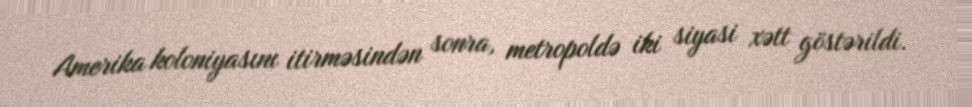
Amerika koloniyasını itirməsindən sonra, metropoldə iki siyasi xətt göstərildi.